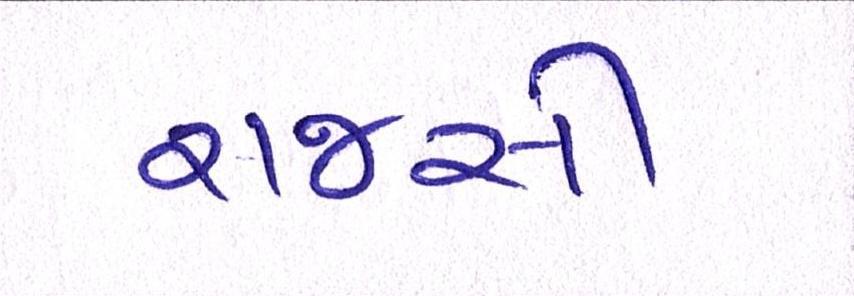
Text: રાજસી